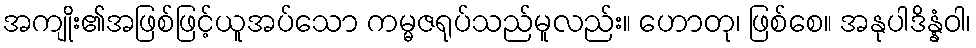
အကျိုး၏အဖြစ်ဖြင့်ယူအပ်သော ကမ္မဇရုပ်သည်မူလည်း။ ဟောတု၊ ဖြစ်စေ။ အနုပါဒိန္နံဝါ၊